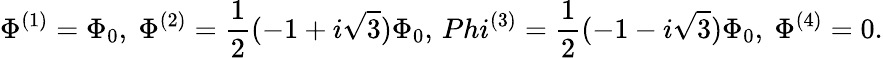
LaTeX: \Phi^{(1)}=\Phi_{0},\ \Phi^{(2)}=\frac{1}{2}(-1+i\sqrt{3})\Phi_{0},\, Phi^{(3)}=\frac{1}{2}(-1-i\sqrt{3})\Phi_{0},\ \Phi^{(4)}=0.